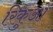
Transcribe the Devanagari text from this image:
रिकुओ